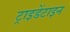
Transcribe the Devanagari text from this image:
ट्राइडेंटाइन